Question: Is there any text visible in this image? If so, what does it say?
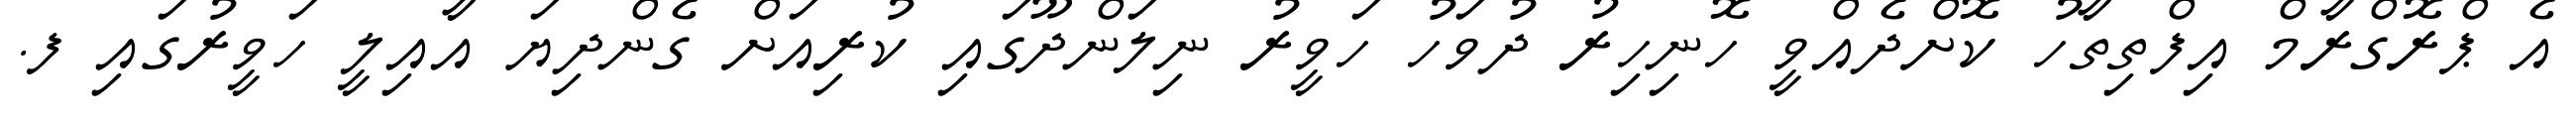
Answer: އެ ޕްރޮގްރާމް އިފްތިތާހު ކޮށްދެއްވީ ހޮނިހިރު ދުވަހު ހަވީރު ނިލަންދޫގައި ކުރިއަށް ގެންދިޔަ އާއިލީ ހަވީރުގައި ފ.